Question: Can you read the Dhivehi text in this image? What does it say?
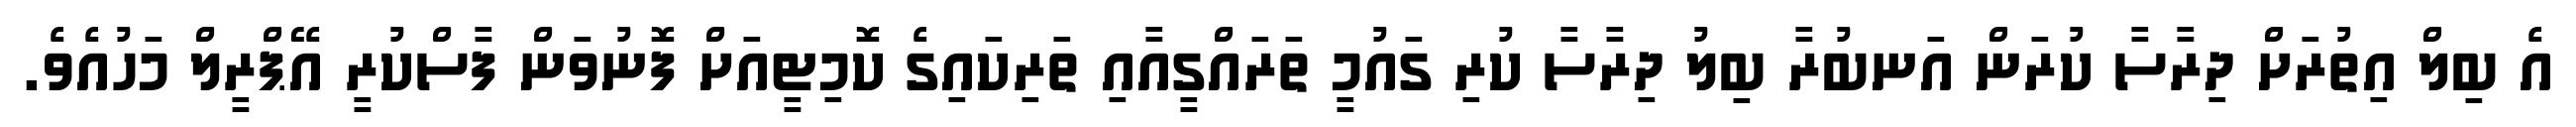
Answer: އެ ބިލް އިތުރަށް ދިރާސާ ކުރަން އަނބުރާ ބިލު ދިރާސާ ކުރި ގައުމީ ތަރައްގީއާއި ތަރިކައިގެ ކޮމިޓީއަށް ފޮނުވަން ފާސްކުރީ އޭޕްރީލް މަހުއެވެ.